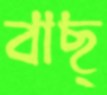
বাছ্‌